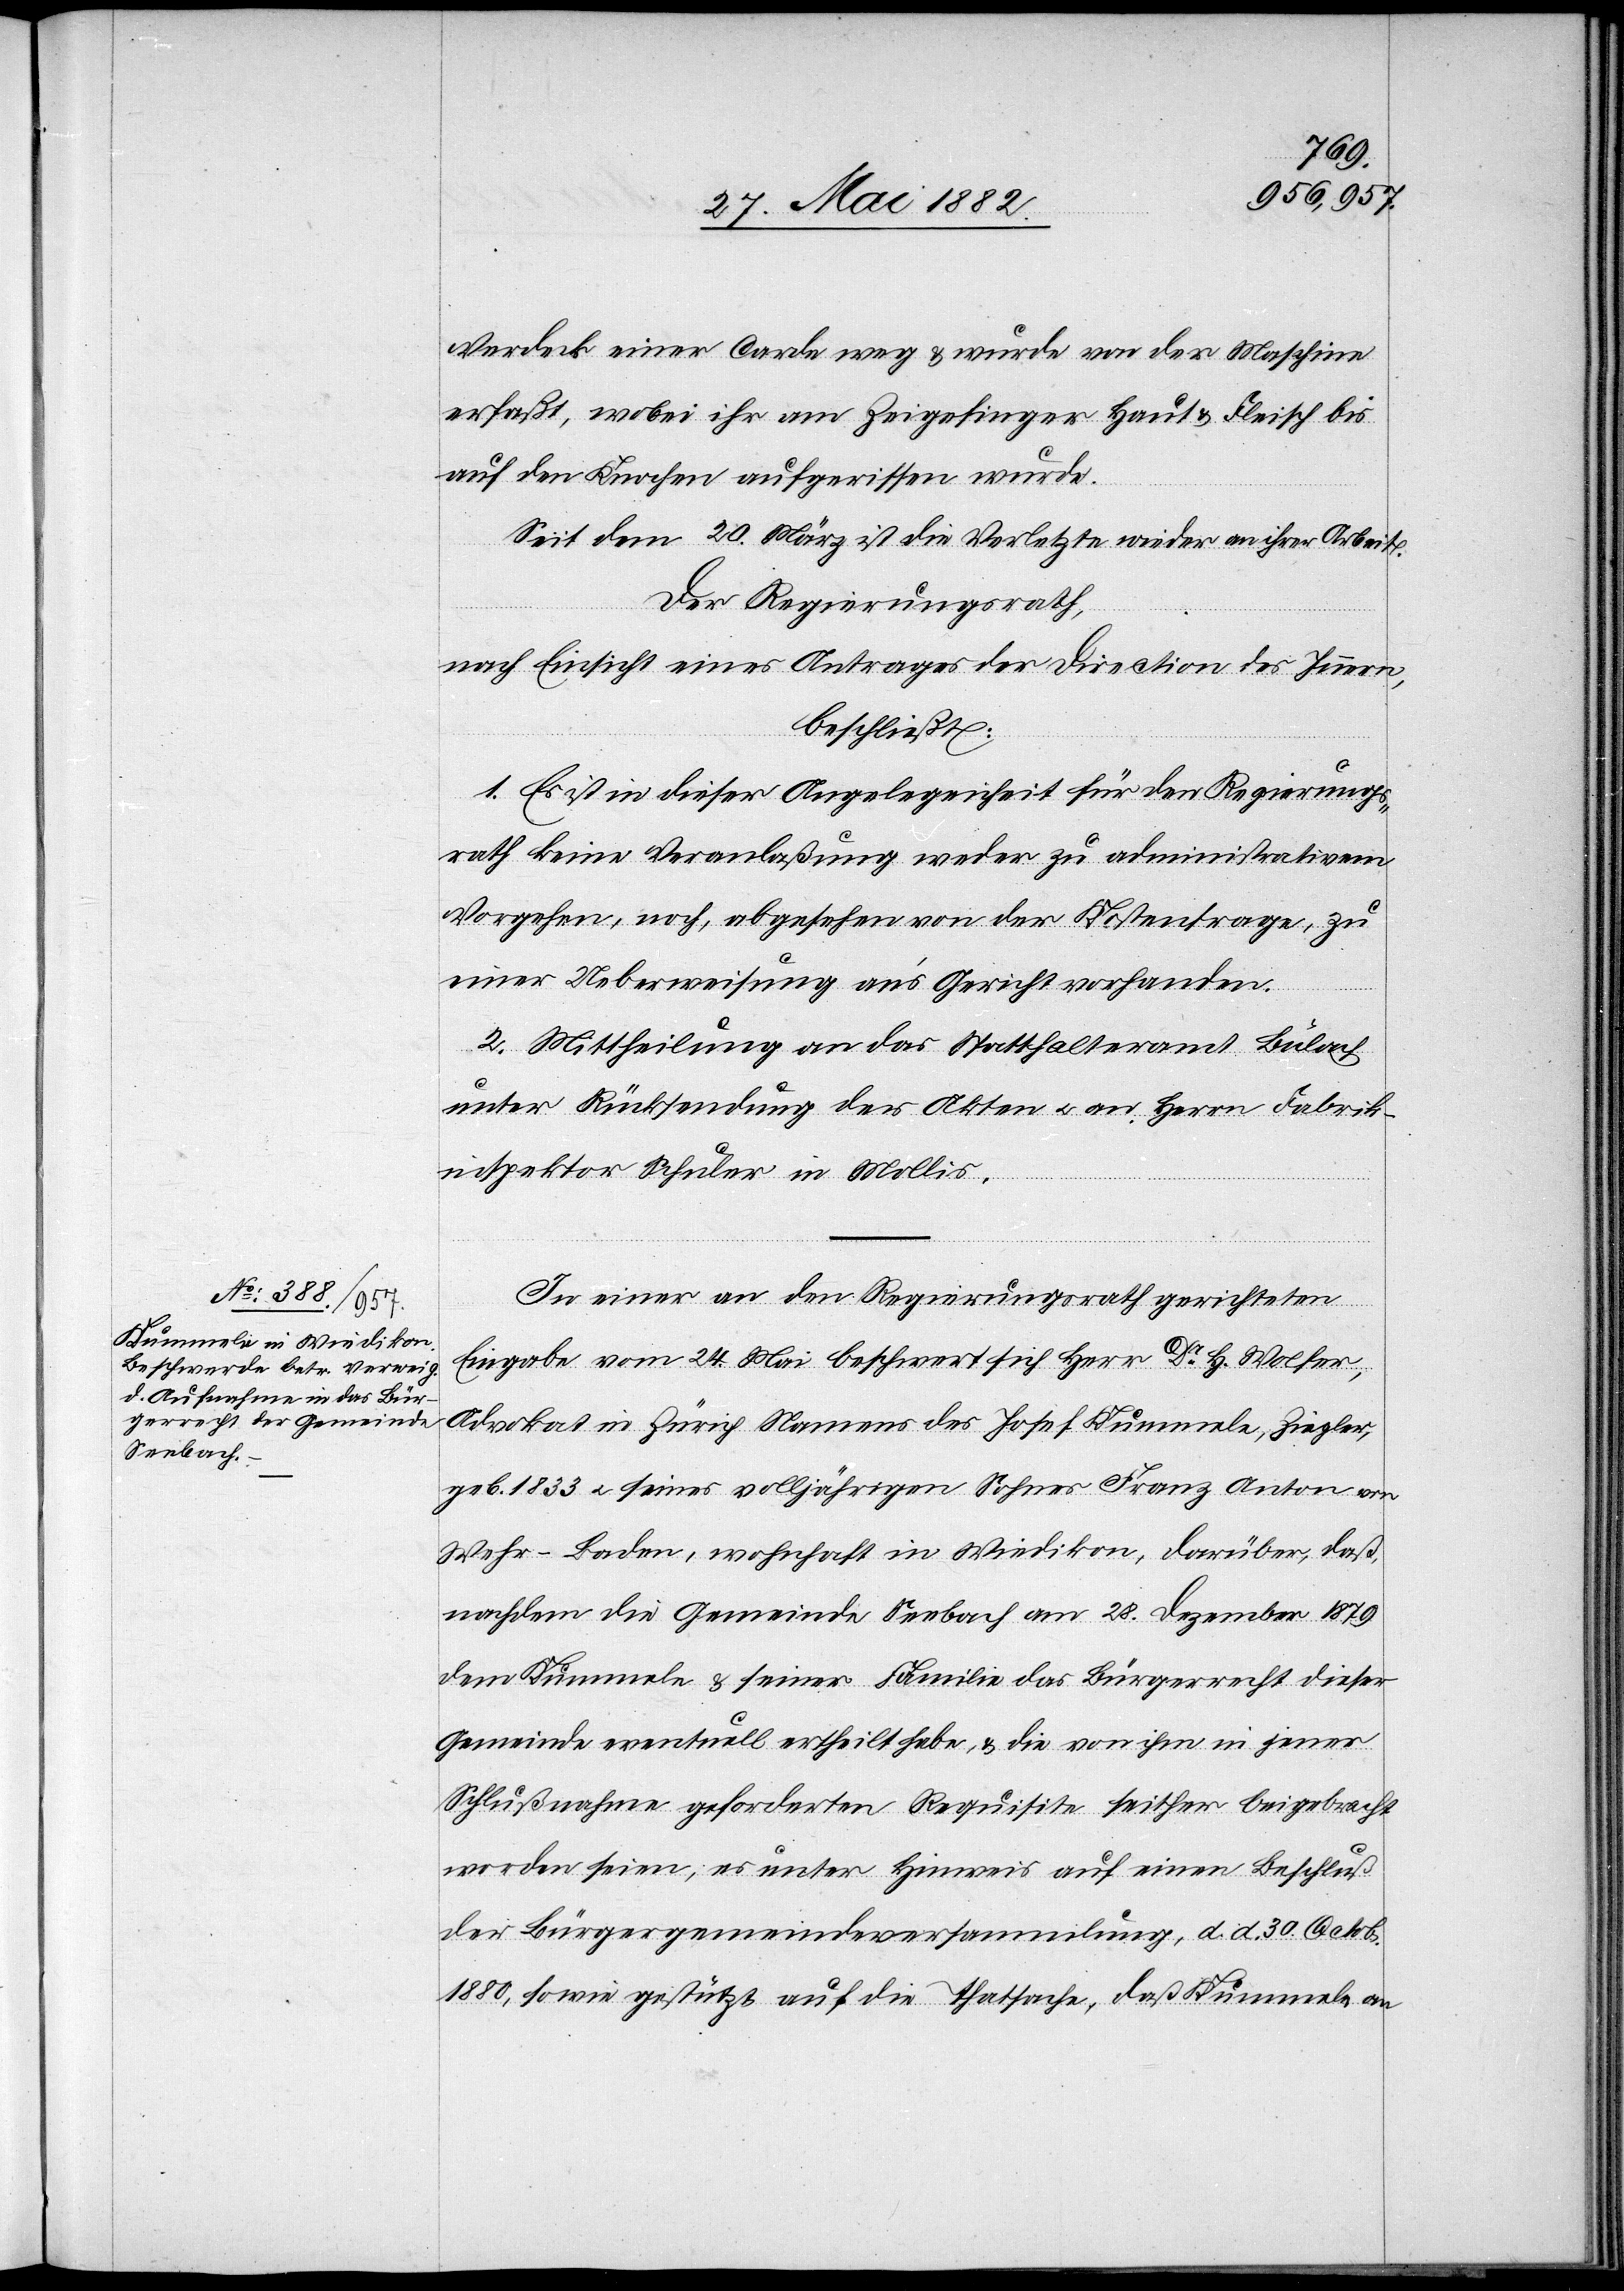
Verdeck einer Carde weg & wurde von der Maschine
erfaßt, wobei ihr am Zeigefinger Haut & Fleisch bis
auf den Knochen aufgerissen wurde.
Seit dem 20. März ist die Verletzte wieder an ihrer Arbeit.
Der Regierungsrath,
nach Einsicht eines Antrages der Direction des Innern,
beschließt:
1. Es ist in dieser Angelegenheit für den Regierungs¬
rath keine Veranlaßung weder zu administrativem
Vorgehen, noch, abgesehen von der Kostenfrage, zu
einer Ueberweisung an’s Gericht vorhanden.
2. Mittheilung an das Statthalteramt Bülach
unter Rücksendung der Akten u. an Herrn Fabrik¬
inspektor Schuler in Mollis.
In einer an den Regierungsrath gerichteten
Eingabe vom 24. Mai beschwert sich Herr Dr H. Wolfer,
Advokat in Zürich Namens des Josef Kummele, Ziegler,
geb. 1833 u. seines volljährigen Sohnes Franz Anton von
Wehr - Baden, wohnhaft in Wiedikon, darüber, daß,
nachdem die Gemeinde Seebach am 28. Dezember 1879
dem Kummele & seiner Familie das Bürgerrecht dieser
Gemeinde eventuell ertheilt habe, & die von ihm in jener
Schlußnahme geforderten Requisite seither beigebracht
worden seien, es unter Hinweis auf einen Beschluß
der Bürgergemeindeversammlung, d. d. 30. Octob.
1880, sowie gestützt auf die Thatsache, daß Kummele an